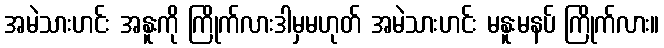
အမဲသားဟင်း အနူးကို ကြိုက်လားဒါမှမဟုတ် အမဲသားဟင်း မနူးမနပ် ကြိုက်လား။